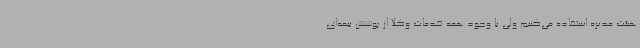
هیئت مدیره استفاده می‌کنیم ولی با وجود همه خدمات وکلا از پوشش بیمه‌ای